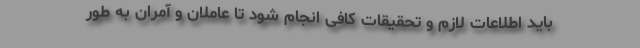
باید اطلاعات لازم و تحقیقات کافی انجام شود تا عاملان و آمران به طور